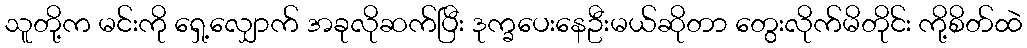
သူတို့က မင်းကို ရှေ့လျှောက် အခုလိုဆက်ပြီး ဒုက္ခပေးနေဦးမယ်ဆိုတာ တွေးလိုက်မိတိုင်း ကို့စိတ်ထဲ